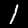
Digit: 1